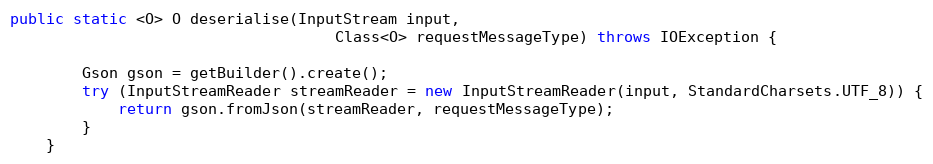
Language: Java
public static <O> O deserialise(InputStream input,
                                    Class<O> requestMessageType) throws IOException {

        Gson gson = getBuilder().create();
        try (InputStreamReader streamReader = new InputStreamReader(input, StandardCharsets.UTF_8)) {
            return gson.fromJson(streamReader, requestMessageType);
        }
    }